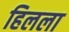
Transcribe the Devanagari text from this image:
हिलला